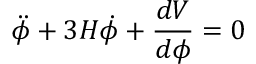
\ddot { \phi } + 3 H \dot { \phi } + { \frac { d V } { d { \phi } } } = 0